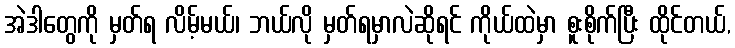
အဲဒါတွေကို မှတ်ရ လိမ့်မယ်၊ ဘယ်လို မှတ်ရမှာလဲဆိုရင် ကိုယ်ထဲမှာ စူးစိုက်ပြီး ထိုင်တယ်,